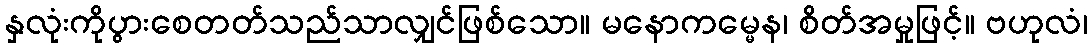
နှလုံးကိုပွားစေတတ်သည်သာလျှင်ဖြစ်သော။ မနောကမ္မေန၊ စိတ်အမှုဖြင့်။ ဗဟုလံ၊